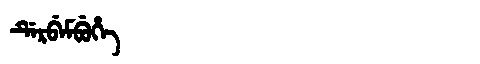
Manchu: ᡩᡝᡵᠪᡝᠮᠪᡠᡥᡝ
Romanization: DERBEMBUHE